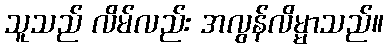
သူသည် လိမ်လည်း အလွန်လိမ္မာသည်။